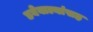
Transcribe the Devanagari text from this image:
डबेवाल्यांसह